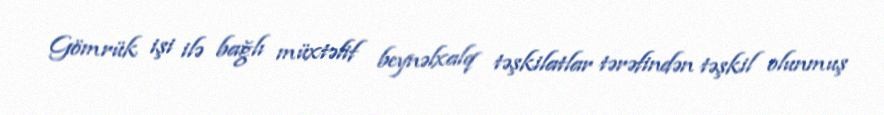
Gömrük işi ilə bağlı müxtəlif beynəlxalq təşkilatlar tərəfindən təşkil olunmuş